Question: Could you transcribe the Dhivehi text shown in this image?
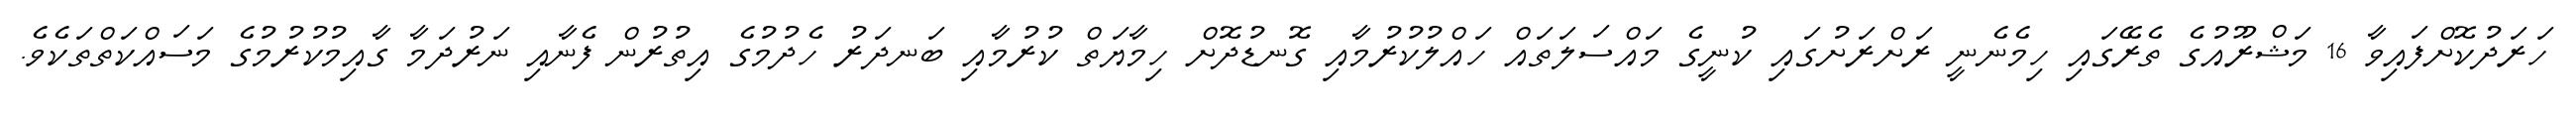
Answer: ހަރަދުކޮށްފައިވާ 16 މަޝްރޫއުގެ ތެރޭގައި ހިމެނެނީ ރަށްރަށުގައި ކުނީގެ މައްސަލަތައް ހައްލުކުރުމާއި ގޮނޑުދޮށް ހިމާޔަތް ކުރުމާއި ބަނދަރު ހެދުމުގެ އިތުރުން ފެނާއި ނަރުދަމާ ގާއިމުކުރުމުގެ މަސައްކަތްތަކެވެ.